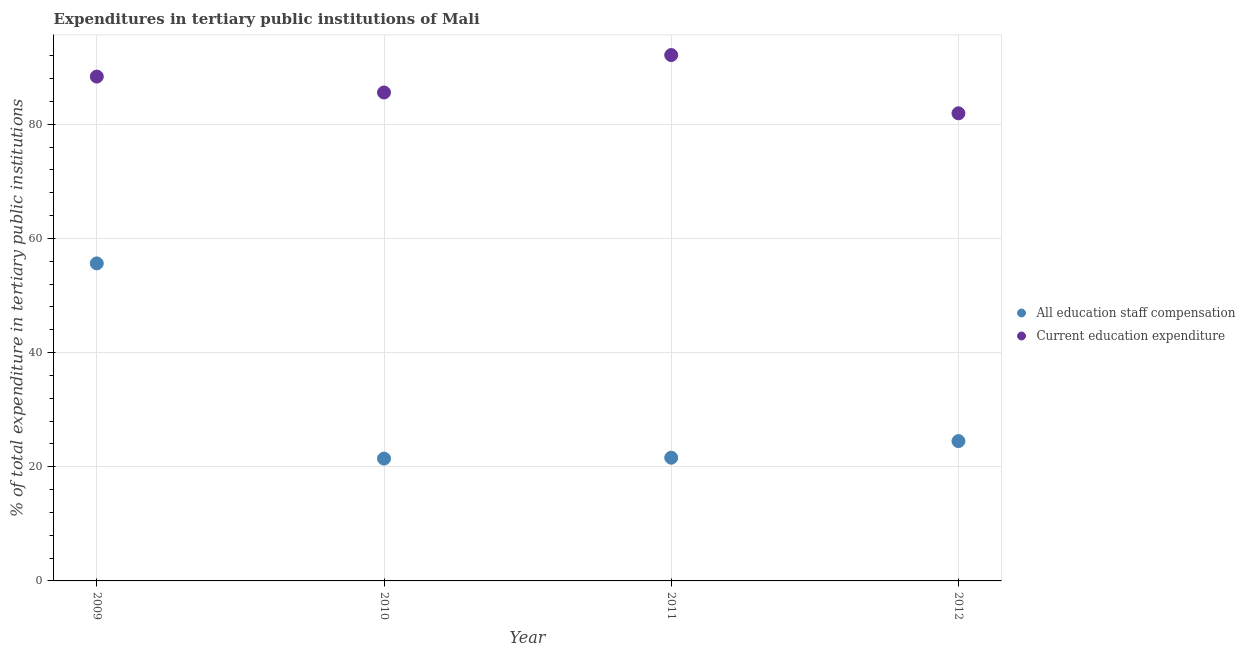
| Year | All education staff compensation | Current education expenditure |
 | --- | --- | --- |
 | 2009 | 55.6 | 88.4 |
 | 2010 | 21.4 | 85.6 |
 | 2011 | 21.6 | 92.1 |
 | 2012 | 24.5 | 81.9 |